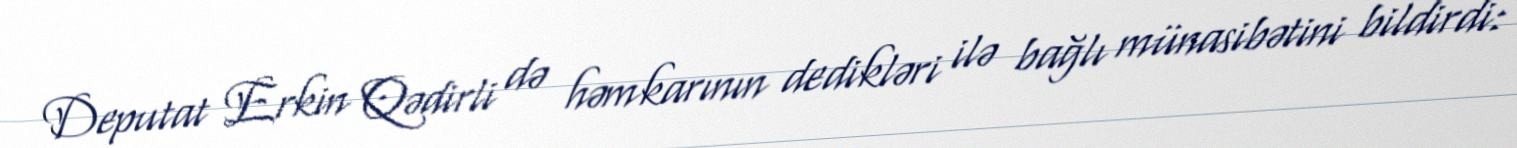
Deputat Erkin Qədirli də həmkarının dedikləri ilə bağlı münasibətini bildirdi: